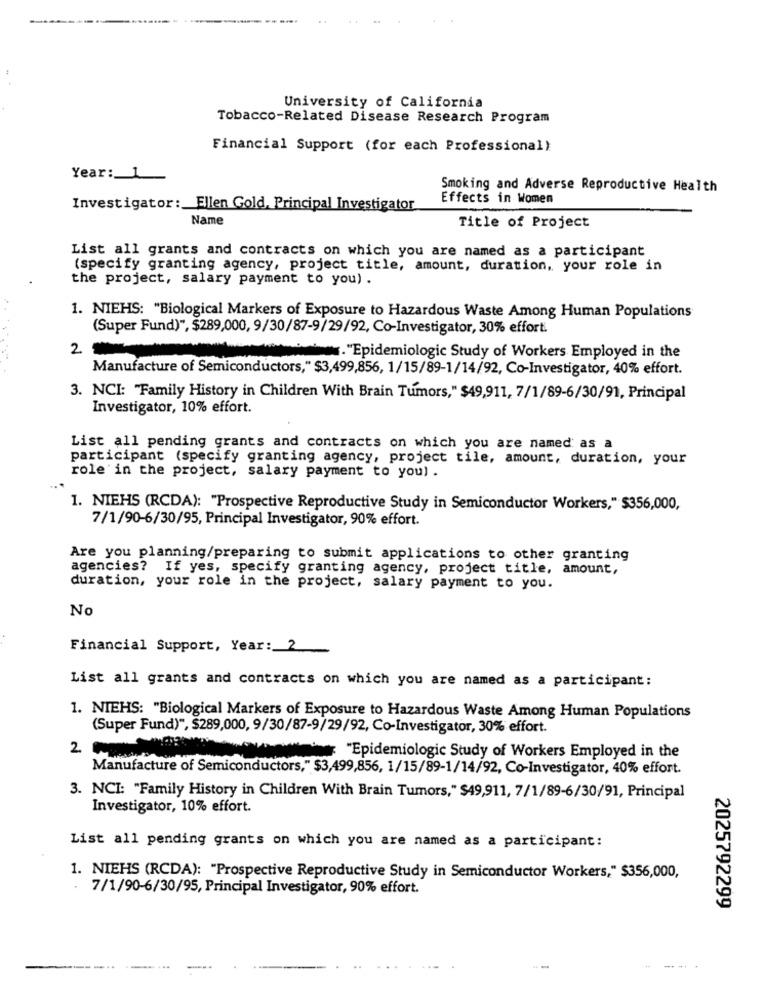
University of California
Tobacco-Related Disease Research Program
Financial Support (for each Professional)
Year: 1
Smoking and Adverse Reproductive Health
Effects in Women
Investigator: Ellen Gold, Principal Investigator
Name
Title of Project
List all grants and contracts on which you are named as a participant
(specify granting agency, project title, amount, duration, your role in
the project, salary payment to you) .
1. NIEHS: "Biological Markers of Exposure to Hazardous Waste Among Human Populations
(Super Fund)", $289,000, 9/30/87-9/29/92, Co-Investigator, 30% effort.
2 5
."Epidemiologic Study of Workers Employed in the
Manufacture of Semiconductors," $3,499,856, 1/15/89-1/14/92, Co-Investigator, 40% effort.
3. NCI: "Family History in Children With Brain Tumors," $49,911, 7/1/89-6/30/91, Principal
Investigator, 10% effort.
List all pending grants and contracts on which you are named as a
participant (specify granting agency, project tile, amount, duration, your
role in the project, salary payment to you) .
1. NIEHS (RCDA): "Prospective Reproductive Study in Semiconductor Workers," $356,000,
7/1/90-6/30/95, Principal Investigator, 90% effort.
Are you planning/preparing to submit applications to other granting
agencies? If yes, specify granting agency, project title, amount,
duration, your role in the project, salary payment to you.
No
Financial Support, Year: 2
List all grants and contracts on which you are named as a participant:
1. NIEHS: "Biological Markers of Exposure to Hazardous Waste Among Human Populations
(Super Fund)", $289,000, 9/30/87-9/29/92, Co-Investigator, 30% effort.
2 ...
"Epidemiologic Study of Workers Employed in the
Manufacture of Semiconductors," $3,499,856, 1/15/89-1/14/92, Co-Investigator, 40% effort.
3. NCI: "Family History in Children With Brain Tumors," $49,911, 7/1/89-6/30/91, Principal
Investigator, 10% effort.
List all pending grants on which you are named as a participant:
1. NIEHS (RCDA): "Prospective Reproductive Study in Semiconductor Workers," $356,000,
. 7/1/90-6/30/95, Principal Investigator, 90% effort.
2025792299
-..